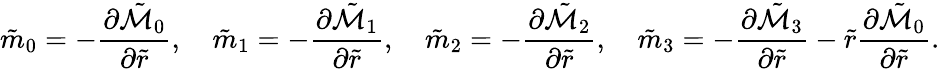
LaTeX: \tilde{m}_{0}=-\frac{\partial\tilde{\mathcal{M}}_{0}}{\partial\tilde{r}},\quad\tilde{m}_{1}=-\frac{\partial\tilde{\mathcal{M}}_{1}}{\partial\tilde{r}},\quad\tilde{m}_{2}=-\frac{\partial\tilde{\mathcal{M}}_{2}}{\partial\tilde{r}},\quad\tilde{m}_{3}=-\frac{\partial\tilde{\mathcal{M}}_{3}}{\partial\tilde{r}}-\tilde{r}\frac{\partial\tilde{\mathcal{M}}_{0}}{\partial\tilde{r}}.